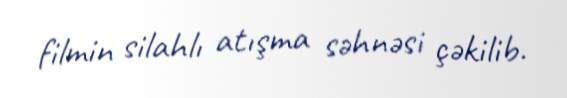
filmin silahlı atışma səhnəsi çəkilib.